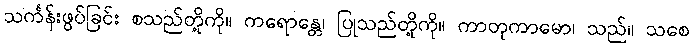
သင်္ကန်းဖွပ်ခြင်း စသည်တို့ကို။ ကရောန္တေ၊ ပြုသည်တို့ကို။ ကာတုကာမော၊ သည်။ သစေ